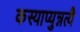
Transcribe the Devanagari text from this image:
कस्याप्युन्नत्यै